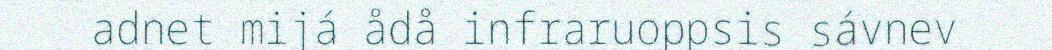
adnet mijá ådå infraruoppsis sávnev